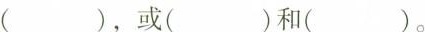
（），或（）和（）。